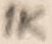
Text: 1K